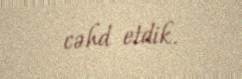
cəhd etdik.